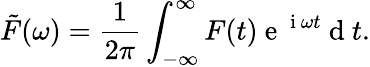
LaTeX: \tilde{F}(\omega)=\frac{1}{2\pi}\int_{-\infty}^{\infty}F(t)\mathrm{~e~}^{\mathrm{~i~}\omega t}\mathrm{~d~}t.